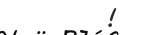
!